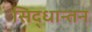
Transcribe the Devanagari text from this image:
सिद्धान्तन